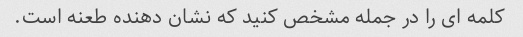
کلمه ای را در جمله مشخص کنید که نشان دهنده طعنه است.